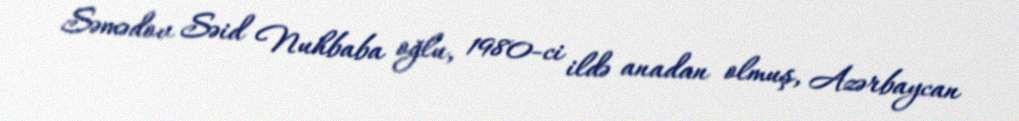
Səmədov Səid Nuhbaba oğlu, 1980-ci ildə anadan olmuş, Azərbaycan